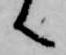
へ